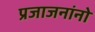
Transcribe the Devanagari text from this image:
प्रजाजनांनो